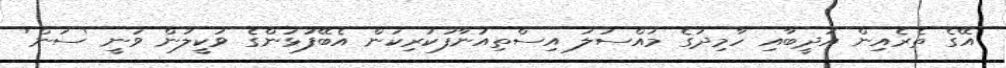
އޭގެ ތެރެއިން އަދީބާއި ހާމިދުގެ މައްސަލަ އިސްތިއުނާފުކުރިކަން އެބޭފުޅުންގެ ވަކީލުން ވަނީ 'ސަން'